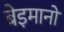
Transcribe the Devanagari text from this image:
बेइमानों